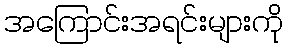
အကြောင်းအရင်းများကို